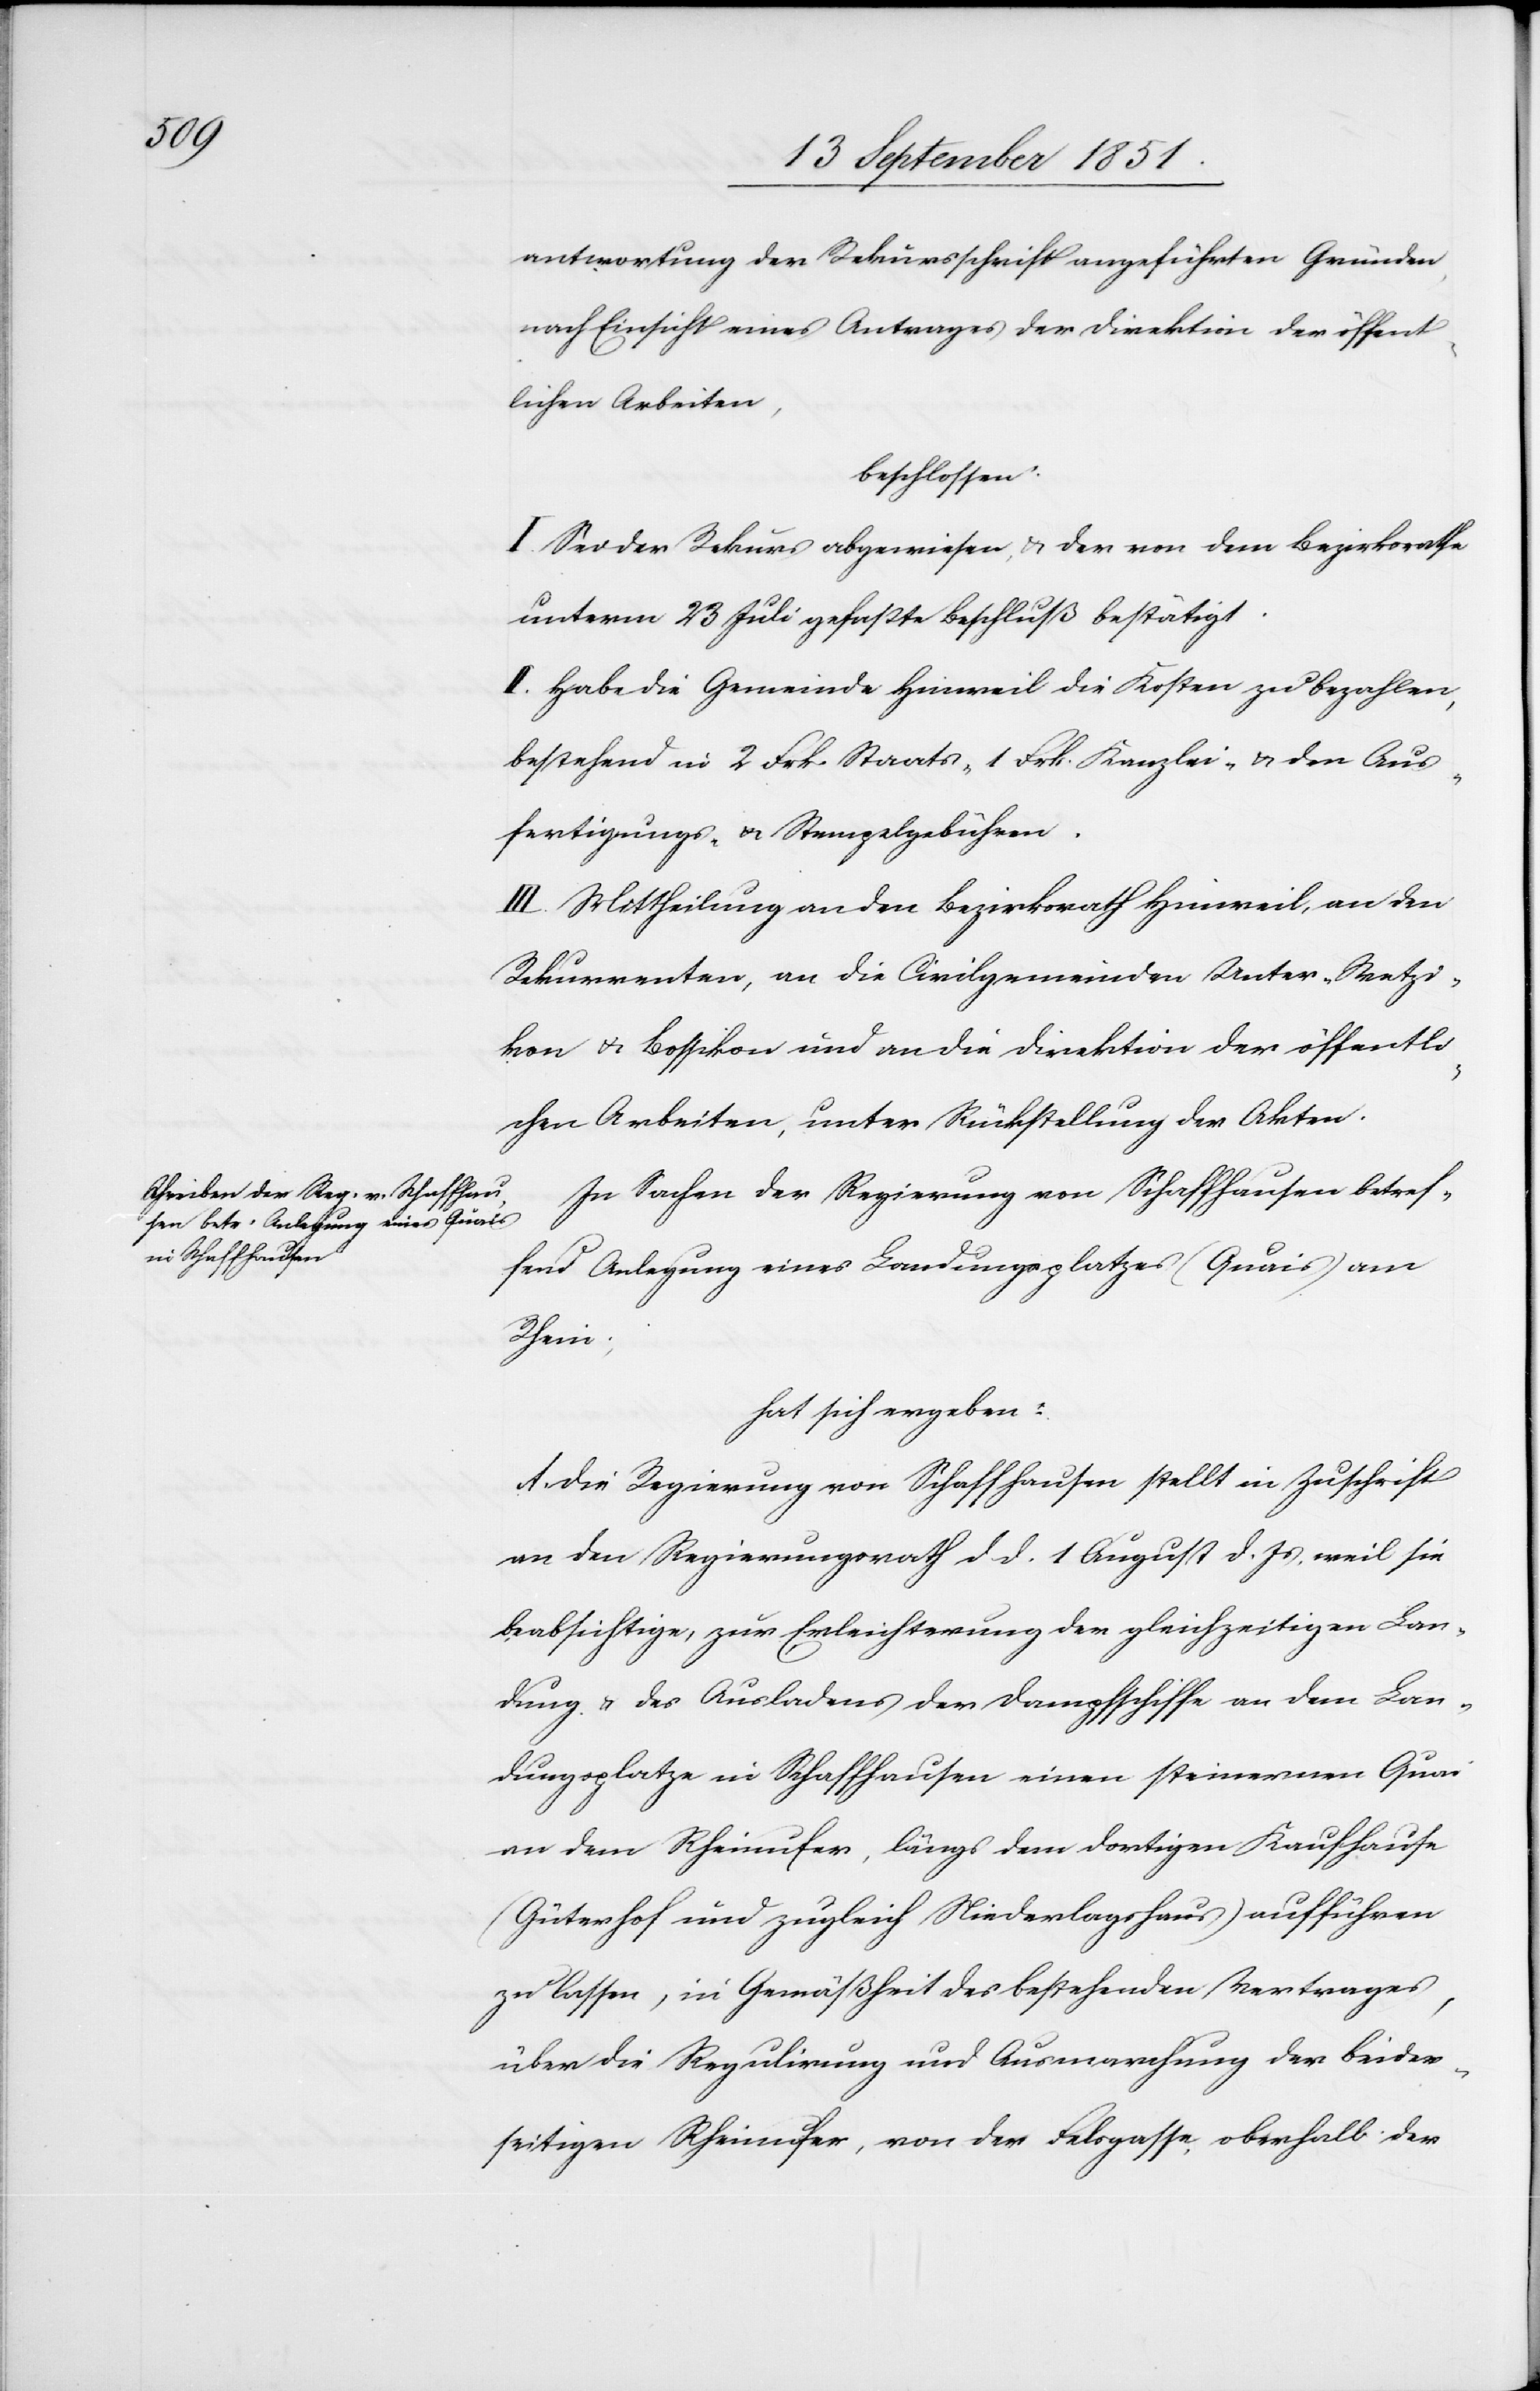
antwortung der Rekursschrift angeführten Gründen,
nach Einsicht eines Antrages der Direktion der öffent¬
lichen Arbeiten,
beschlossen:
I. Sei der Rekurs abgewiesen, & der von dem Bezirksrathe
unterm 23 Juli gefaßte Beschluß bestätigt.
II. Habe die Gemeinde Hinweil die Kosten zu bezahlen,
bestehend in 2 Frk. Staats-[,] 1 Frk. Kanzlei- & den Aus¬
fertigungs- & Stempelgebühren.
III. Mittheilung an den Bezirksrath Hinweil, an den
Rekurrenten, an die Civilgemeinden Unter-Wetzi¬
kon & Bossikon und an die Direktion der öffentli¬
chen Arbeiten, unter Rückstellung der Akten.
In Sachen der Regierung von Schaffhausen betref¬
fend Anlegung eines Landungsplatzes (Quais) am
Rhein;
hat sich ergeben:
A. Die Regierung von Schaffhausen stellt in Zuschrift
an den Regierungsrath d. d. 1 August d. Js. weil sie
beabsichtige, zur Erleichterung der gleichzeitigen Lan¬
dung & des Ausladens der Dampfschiffe an dem Lan¬
dungsplatze in Schaffhausen einen steinernen Quai
an dem Rheinufer, längs dem dortigen Kaufhause
(Güterhof und zugleich Niederlagshaus) aufführen
zu lassen, in Gemäßheit des bestehenden Vertrages,
über die Regulirung und Ausmarchung der beider¬
seitigen Rheinufer, von der Felsgasse, oberhalb der